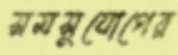
সমসুযোগের